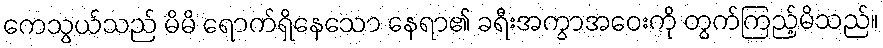
ကေသွယ်သည် မိမိ ရောက်ရှိနေသော နေရာ၏ ခရီးအကွာအဝေးကို တွက်ကြည့်မိသည်။